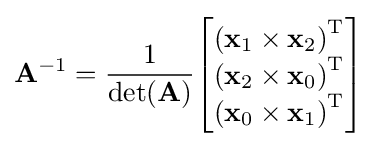
\mathbf {A} ^{-1}={\frac {1}{\det(\mathbf {A} )}}{\begin{bmatrix}{(\mathbf {x} _{1}\times \mathbf {x} _{2})}^{\mathrm {T} }\\{(\mathbf {x} _{2}\times \mathbf {x} _{0})}^{\mathrm {T} }\\{(\mathbf {x} _{0}\times \mathbf {x} _{1})}^{\mathrm {T} }\end{bmatrix}}